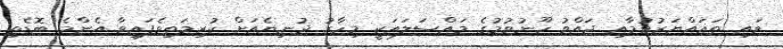
ވައި ތަޣައްޔަރުވުމާއި ޖައްވު ހޫނުވުމުގެ މައްސަލައަކީ މިހާރު ދުނިޔެއަށް ކުރިމަތިވެފައިވާ އެންމެ ބޮޑެތި